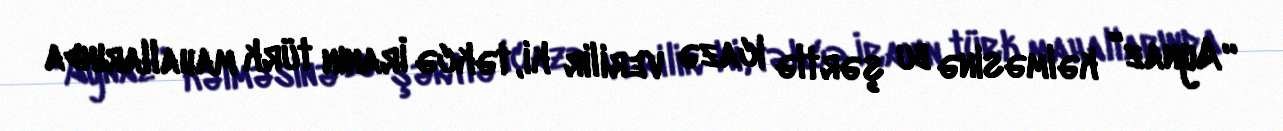
“Aynaz” kəlməsinə bu şərtlə icazə verilir ki, təkcə İranın türk mahallarında